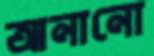
আনানো